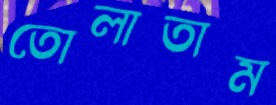
তোলাতাম